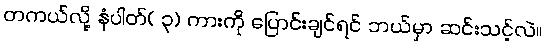
တကယ်လို့ နံပါတ်( ၃) ကားကို ပြောင်းချင်ရင် ဘယ်မှာ ဆင်းသင့်လဲ။